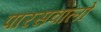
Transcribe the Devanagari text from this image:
पारसवालों